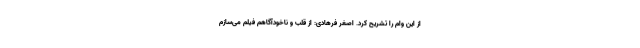
از این وام را تشریح کرد. اصغر فرهادی: از قلب و ناخودآگاهم فیلم می‌سازم